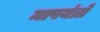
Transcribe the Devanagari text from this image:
मापयंत्रों